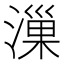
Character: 漅